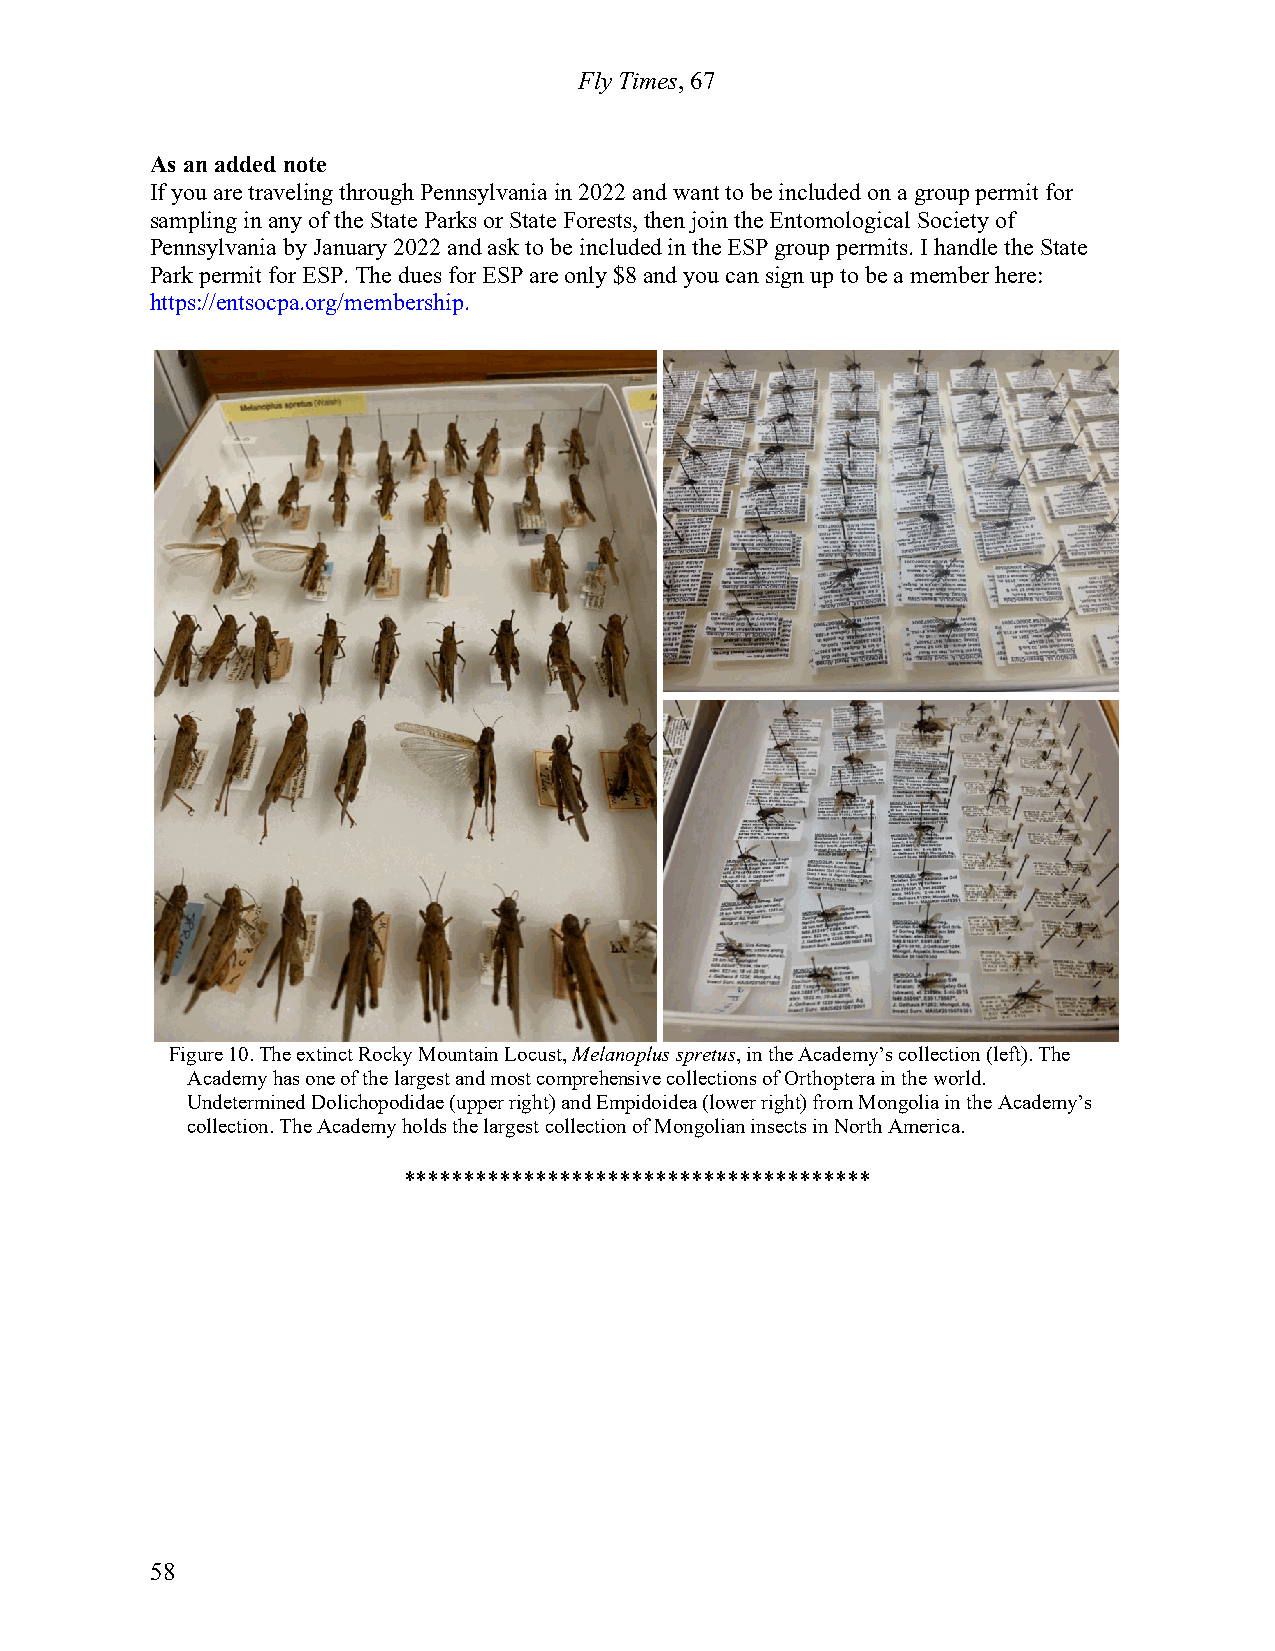
Fly Times, 67
 As an added note
 If you are traveling through Pennsylvania in 2022 and want to be included on a group permit for
 sampling in any of the State Parks or State Forests, then join the Entomological Society of
 Pennsylvania by January 2022 and ask to be included in the ESP group permits. I handle the State
 Park permit for ESP. The dues for ESP are only $8 and you can sign up to be a member here:
 https://entsocpa.org/membership.
 Figure 10. The extinct Rocky Mountain Locust, Melanoplus spretus, in the Academy’s collection (left). The
 Academy has one of the largest and most comprehensive collections of Orthoptera in the world.
 Undetermined Dolichopodidae (upper right) and Empidoidea (lower right) from Mongolia in the Academy’s
 collection. The Academy holds the largest collection of Mongolian insects in North America.
 ***************************************
 58